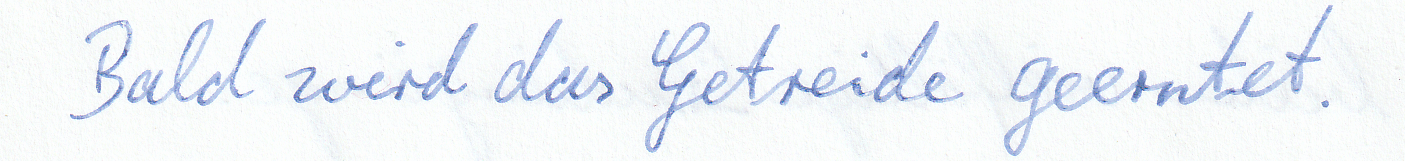
Bald wird das Getreide geerntet.